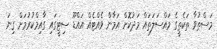
މަސްތުވާ ތަކެތީގެ މައްސަލަތައް މަދުކޮށް އަމާން ވެއްޓެއް އައްޑޫ ސިޓީގައި ގާއިމްކުރުމަށް ގިނަ